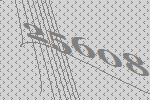
25608